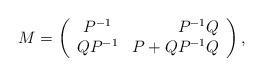
LaTeX: \begin{align*}M=\left(\begin{array}{crc}P^{-1}&P^{-1}Q\\QP^{-1}&P+QP^{-1}Q\\\end{array}\right),\end{align*}